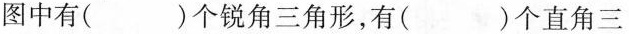
图中有()个锐角三角形，有()个直角三